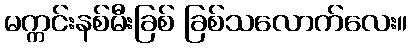
မက္ကင်းနစ်မီးခြစ် ခြစ်သလောက်လေး။